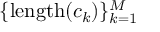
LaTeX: \{ \mathrm { l e n g t h } ( c _ { k } ) \} _ { k = 1 } ^ { M }